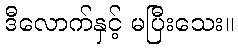
ဒီလောက်နှင့် မပြီးသေး။